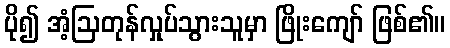
ပို၍ အံ့ဩတုန်လှုပ်သွားသူမှာ ဖြိုးကျော် ဖြစ်၏။